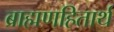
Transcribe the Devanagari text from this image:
ब्राह्मणहितार्थ